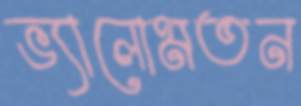
ভ্যালোমতন